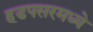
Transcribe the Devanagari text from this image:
हडपसरमध्ये